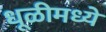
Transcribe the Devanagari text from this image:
धूळीमध्ये